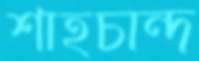
শাহচান্দ